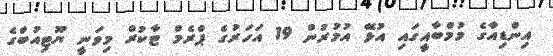
އިންޑިއާގެ މުމްބާއީގައި އުޅޭ އުމުރުން 19 އަހަރުގެ ޕްރެމް ޓާކުރް މިވަނީ ޔޫޓިއުބްގެ